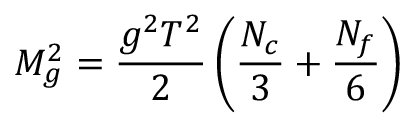
M _ { g } ^ { 2 } = \frac { g ^ { 2 } T ^ { 2 } } { 2 } \left( \frac { N _ { c } } { 3 } + \frac { N _ { f } } { 6 } \right)